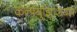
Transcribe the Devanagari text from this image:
कन्फ्युझिशियस